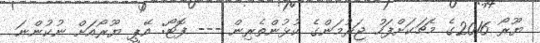
ޔޫރޯ 2016ގެ މެޗަކަށްފަހު ޖަރުމަންގެ ކުޅުންތެރިން --- ފޮޓޯ: އޭޕީ ޔޫރޯއަށް ނުކުންނަ